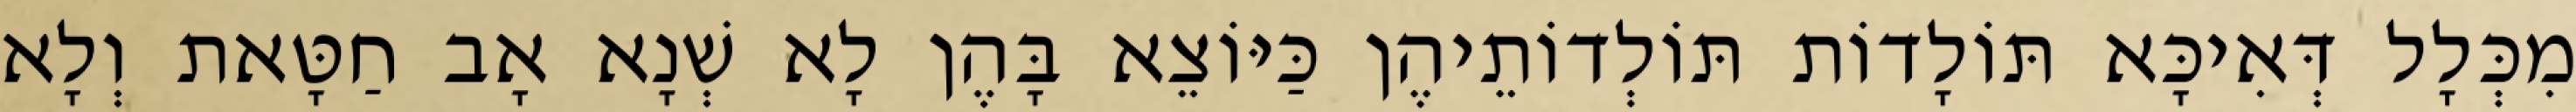
מִכְּלָל דְּאִיכָּא תּוֹלָדוֹת תּוֹלְדוֹתֵיהֶן כַּיּוֹצֵא בָּהֶן לָא שְׁנָא אָב חַטָּאת וְלָא